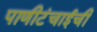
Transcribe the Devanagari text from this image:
पाणीटंचाईची